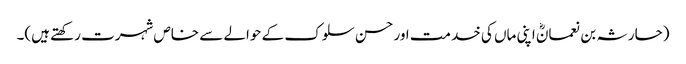
(حارثہ بن نعمانؓ اپنی ماں کی خدمت اور حسن سلوک کے حوالے سے خاص شہرت رکھتے ہیں)۔